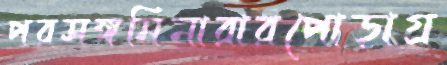
পরসঙ্গমিনারারপোড়াগ্র